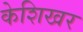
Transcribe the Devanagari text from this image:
केशिखर